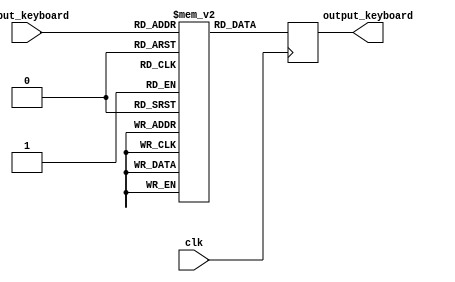
// This program was cloned from: https://github.com/Mazamars312/Analogue-Amiga
// License: GNU General Public License v3.0

module amiga_keyboard_convert (
input clk,
input [7:0] input_keyboard,
output reg [7:0] output_keyboard
);

reg [7:0] mem [255:0];

initial begin
mem[0  ] <=	8'h00;            /**< 0   KEY_RESERVED */
mem[1  ] <=	8'h45;              /**< 1   KEY_ESC */
mem[2  ] <=	8'h01;              /**< 2   KEY_1 */
mem[3  ] <=	8'h02;              /**< 3   KEY_2 */
mem[4  ] <=	8'h03;              /**< 4   KEY_3 */
mem[5  ] <=	8'h04;              /**< 5   KEY_4 */
mem[6  ] <=	8'h05;              /**< 6   KEY_5 */
mem[7  ] <=	8'h06;              /**< 7   KEY_6 */
mem[8  ] <=	8'h07;              /**< 8   KEY_7 */
mem[9  ] <=	8'h08;              /**< 9   KEY_8 */
mem[10 ] <=	8'h09;              /**< 10  KEY_9 */
mem[11 ] <=	8'h0a;              /**< 11  KEY_0 */
mem[12 ] <=	8'h0b;              /**< 12  KEY_MINUS */
mem[13 ] <=	8'h0c;              /**< 13  KEY_EQUAL */
mem[14 ] <=	8'h41;              /**< 14  KEY_BACKSPACE */
mem[15 ] <=	8'h42;              /**< 15  KEY_TAB */
mem[16 ] <=	8'h10;              /**< 16  KEY_Q */
mem[17 ] <=	8'h11;              /**< 17  KEY_W */
mem[18 ] <=	8'h12;              /**< 18  KEY_E */
mem[19 ] <=	8'h13;              /**< 19  KEY_R */
mem[20 ] <=	8'h14;              /**< 20  KEY_T */
mem[21 ] <=	8'h15;              /**< 21  KEY_Y */
mem[22 ] <=	8'h16;              /**< 22  KEY_U */
mem[23 ] <=	8'h17;              /**< 23  KEY_I */
mem[24 ] <=	8'h18;              /**< 24  KEY_O */
mem[25 ] <=	8'h19;              /**< 25  KEY_P */
mem[26 ] <=	8'h1a;              /**< 26  KEY_LEFTBRACE */
mem[27 ] <=	8'h1b;              /**< 27  KEY_RIGHTBRACE */
mem[28 ] <=	8'h44;              /**< 28  KEY_ENTER */
mem[29 ] <=	8'h63;              /**< 29  KEY_LEFTCTRL */
mem[30 ] <=	8'h20;              /**< 30  KEY_A */
mem[31 ] <=	8'h21;              /**< 31  KEY_S */
mem[32 ] <=	8'h22;              /**< 32  KEY_D */
mem[33 ] <=	8'h23;              /**< 33  KEY_F */
mem[34 ] <=	8'h24;              /**< 34  KEY_G */
mem[35 ] <=	8'h25;              /**< 35  KEY_H */
mem[36 ] <=	8'h26;              /**< 36  KEY_J */
mem[37 ] <=	8'h27;              /**< 37  KEY_K */
mem[38 ] <=	8'h28;              /**< 38  KEY_L */
mem[39 ] <=	8'h29;              /**< 39  KEY_SEMICOLON */
mem[40 ] <=	8'h2a;              /**< 40  KEY_APOSTROPHE */
mem[41 ] <=	8'h00;              /**< 41  KEY_GRAVE */
mem[42 ] <=	8'h60;              /**< 42  KEY_LEFTSHIFT */
mem[43 ] <=	8'h0d;              /**< 43  KEY_BACKSLASH */
mem[44 ] <=	8'h31;              /**< 44  KEY_Z */
mem[45 ] <=	8'h32;              /**< 45  KEY_X */
mem[46 ] <=	8'h33;              /**< 46  KEY_C */
mem[47 ] <=	8'h34;              /**< 47  KEY_V */
mem[48 ] <=	8'h35;              /**< 48  KEY_B */
mem[49 ] <=	8'h36;              /**< 49  KEY_N */
mem[50 ] <=	8'h37;              /**< 50  KEY_M */
mem[51 ] <=	8'h38;              /**< 51  KEY_COMMA */
mem[52 ] <=	8'h39;              /**< 52  KEY_DOT */
mem[53 ] <=	8'h3a;              /**< 53  KEY_SLASH */
mem[54 ] <=	8'h61;              /**< 54  KEY_RIGHTSHIFT */
mem[55 ] <=	8'h5d;              /**< 55  KEY_KPASTERISK */
mem[56 ] <=	8'h64;              /**< 56  KEY_LEFTALT */
mem[57 ] <=	8'h40;              /**< 57  KEY_SPACE */
mem[58 ] <=	8'h62;/**< 58  KEY_CAPSLOCK */
mem[59 ] <=	8'h50;              /**< 59  KEY_F1 */
mem[60 ] <=	8'h51;              /**< 60  KEY_F2 */
mem[61 ] <=	8'h52;              /**< 61  KEY_F3 */
mem[62 ] <=	8'h53;              /**< 62  KEY_F4 */
mem[63 ] <=	8'h54;              /**< 63  KEY_F5 */
mem[64 ] <=	8'h55;              /**< 64  KEY_F6 */
mem[65 ] <=	8'h56;              /**< 65  KEY_F7 */
mem[66 ] <=	8'h57;              /**< 66  KEY_F8 */
mem[67 ] <=	8'h58;              /**< 67  KEY_F9 */
mem[68 ] <=	8'h59;              /**< 68  KEY_F10 */
mem[69 ] <=	8'h00;            /**< 69  KEY_NUMLOCK */
mem[70 ] <=	8'h00;            /**< 70  KEY_SCROLLLOCK */
mem[71 ] <=	8'h3d;              /**< 71  KEY_KP7 */
mem[72 ] <=	8'h3e;              /**< 72  KEY_KP8 */
mem[73 ] <=	8'h3f;              /**< 73  KEY_KP9 */
mem[74 ] <=	8'h4a;              /**< 74  KEY_KPMINUS */
mem[75 ] <=	8'h2d;              /**< 75  KEY_KP4 */
mem[76 ] <=	8'h2e;              /**< 76  KEY_KP5 */
mem[77 ] <=	8'h2f;              /**< 77  KEY_KP6 */
mem[78 ] <=	8'h5e;              /**< 78  KEY_KPPLUS */
mem[79 ] <=	8'h1d;              /**< 79  KEY_KP1 */
mem[80 ] <=	8'h1e;              /**< 80  KEY_KP2 */
mem[81 ] <=	8'h1f;              /**< 81  KEY_KP3 */
mem[82 ] <=	8'h0f;              /**< 82  KEY_KP0 */
mem[83 ] <=	8'h3c;              /**< 83  KEY_KPDOT */
mem[84 ] <=	8'h00;            /**< 84  ??? */
mem[85 ] <=	8'h00;            /**< 85  KEY_ZENKAKU */
mem[86 ] <=	8'h30;              /**< 86  KEY_102ND; '<' on most keyboards */
mem[87 ] <=	8'h5f;              /**< 87  KEY_F11 */
mem[88 ] <=	8'h00;            /**< 88  KEY_F12 */
mem[89 ] <=	8'h00;            /**< 89  KEY_RO */
mem[90 ] <=	8'h00;            /**< 90  KEY_KATAKANA */
mem[91 ] <=	8'h00;            /**< 91  KEY_HIRAGANA */
mem[92 ] <=	8'h00;            /**< 92  KEY_HENKAN */
mem[93 ] <=	8'h00;            /**< 93  KEY_KATAKANA */
mem[94 ] <=	8'h00;            /**< 94  KEY_MUHENKAN */
mem[95 ] <=	8'h00;            /**< 95  KEY_KPJPCOMMA */
mem[96 ] <=	8'h43;              /**< 96  KEY_KPENTER */
mem[97 ] <=	8'h63;              /**< 97  KEY_RIGHTCTRL */
mem[98 ] <=	8'h5c;              /**< 98  KEY_KPSLASH */
mem[99 ] <=	8'h00;            /**< 99  KEY_SYSRQ */
mem[100] <=	8'h65;              /**< 100 KEY_RIGHTALT */
mem[101] <=	8'h00;            /**< 101 KEY_LINEFEED */
mem[102] <=	8'h6a;              /**< 102 KEY_HOME */
mem[103] <=	8'h4c;              /**< 103 KEY_UP */
mem[104] <=	8'h5b;              /**< 104 KEY_PAGEUP */
mem[105] <=	8'h4f;              /**< 105 KEY_LEFT */
mem[106] <=	8'h4e;              /**< 106 KEY_RIGHT */
mem[107] <=	8'h00;            /**< 107 KEY_END */
mem[108] <=	8'h4d;              /**< 108 KEY_DOWN */
mem[109] <=	8'h5a;              /**< 109 KEY_PAGEDOWN */
mem[110] <=	8'h0d;              /**< 110 KEY_INSERT */
mem[111] <=	8'h46;              /**< 111 KEY_DELETE */
mem[112] <=	8'h00;            /**< 112 KEY_MACRO */
mem[113] <=	8'h00;            /**< 113 KEY_MUTE */
mem[114] <=	8'h00;            /**< 114 KEY_VOLUMEDOWN */
mem[115] <=	8'h00;            /**< 115 KEY_VOLUMEUP */
mem[116] <=	8'h00;            /**< 116 KEY_POWER */
mem[117] <=	8'h00;            /**< 117 KEY_KPEQUAL */
mem[118] <=	8'h00;            /**< 118 KEY_KPPLUSMINUS */
mem[119] <=	8'h00;            /**< 119 KEY_PAUSE */
mem[120] <=	8'h00;            /**< 120 KEY_SCALE */
mem[121] <=	8'h00;            /**< 121 KEY_KPCOMMA */
mem[122] <=	8'h00;            /**< 122 KEY_HANGEUL */
mem[123] <=	8'h00;            /**< 123 KEY_HANJA */
mem[124] <=	8'h00;            /**< 124 KEY_YEN */
mem[125] <=	8'h66;              /**< 125 KEY_LEFTMETA */
mem[126] <=	8'h67;              /**< 126 KEY_RIGHTMETA */
mem[127] <=	8'h00;            /**< 127 KEY_COMPOSE */
mem[128] <=	8'h00;            /**< 128 KEY_STOP */
mem[129] <=	8'h00;            /**< 129 KEY_AGAIN */
mem[130] <=	8'h00;            /**< 130 KEY_PROPS */
mem[131] <=	8'h00;            /**< 131 KEY_UNDO */
mem[132] <=	8'h00;            /**< 132 KEY_FRONT */
mem[133] <=	8'h00;            /**< 133 KEY_COPY */
mem[134] <=	8'h00;            /**< 134 KEY_OPEN */
mem[135] <=	8'h00;            /**< 135 KEY_PASTE */
mem[136] <=	8'h00;            /**< 136 KEY_FIND */
mem[137] <=	8'h00;            /**< 137 KEY_CUT */
mem[138] <=	8'h00;            /**< 138 KEY_HELP */
mem[139] <=	8'h00;            /**< 139 KEY_MENU */
mem[140] <=	8'h00;            /**< 140 KEY_CALC */
mem[141] <=	8'h00;            /**< 141 KEY_SETUP */
mem[142] <=	8'h00;            /**< 142 KEY_SLEEP */
mem[143] <=	8'h00;            /**< 143 KEY_WAKEUP */
mem[144] <=	8'h00;            /**< 144 KEY_FILE */
mem[145] <=	8'h00;            /**< 145 KEY_SENDFILE */
mem[146] <=	8'h00;            /**< 146 KEY_DELETEFILE */
mem[147] <=	8'h00;            /**< 147 KEY_XFER */
mem[148] <=	8'h00;            /**< 148 KEY_PROG1 */
mem[149] <=	8'h00;            /**< 149 KEY_PROG2 */
mem[150] <=	8'h00;            /**< 150 KEY_WWW */
mem[151] <=	8'h00;            /**< 151 KEY_MSDOS */
mem[152] <=	8'h00;            /**< 152 KEY_SCREENLOCK */
mem[153] <=	8'h00;            /**< 153 KEY_DIRECTION */
mem[154] <=	8'h00;            /**< 154 KEY_CYCLEWINDOWS */
mem[155] <=	8'h00;            /**< 155 KEY_MAIL */
mem[156] <=	8'h00;            /**< 156 KEY_BOOKMARKS */
mem[157] <=	8'h00;            /**< 157 KEY_COMPUTER */
mem[158] <=	8'h00;            /**< 158 KEY_BACK */
mem[159] <=	8'h00;            /**< 159 KEY_FORWARD */
mem[160] <=	8'h00;            /**< 160 KEY_CLOSECD */
mem[161] <=	8'h00;            /**< 161 KEY_EJECTCD */
mem[162] <=	8'h00;            /**< 162 KEY_EJECTCLOSECD */
mem[163] <=	8'h00;            /**< 163 KEY_NEXTSONG */
mem[164] <=	8'h00;            /**< 164 KEY_PLAYPAUSE */
mem[165] <=	8'h00;            /**< 165 KEY_PREVIOUSSONG */
mem[166] <=	8'h00;            /**< 166 KEY_STOPCD */
mem[167] <=	8'h00;            /**< 167 KEY_RECORD */
mem[168] <=	8'h00;            /**< 168 KEY_REWIND */
mem[169] <=	8'h00;            /**< 169 KEY_PHONE */
mem[170] <=	8'h00;            /**< 170 KEY_ISO */
mem[171] <=	8'h00;            /**< 171 KEY_CONFIG */
mem[172] <=	8'h00;            /**< 172 KEY_HOMEPAGE */
mem[173] <=	8'h00;            /**< 173 KEY_REFRESH */
mem[174] <=	8'h00;            /**< 174 KEY_EXIT */
mem[175] <=	8'h00;            /**< 175 KEY_MOVE */
mem[176] <=	8'h00;            /**< 176 KEY_EDIT */
mem[177] <=	8'h00;            /**< 177 KEY_SCROLLUP */
mem[178] <=	8'h00;            /**< 178 KEY_SCROLLDOWN */
mem[179] <=	8'h00;            /**< 179 KEY_KPLEFTPAREN */
mem[180] <=	8'h00;            /**< 180 KEY_KPRIGHTPAREN */
mem[181] <=	8'h00;            /**< 181 KEY_NEW */
mem[182] <=	8'h00;            /**< 182 KEY_REDO */
mem[183] <=	8'h5a;              /**< 183 KEY_F13 */
mem[184] <=	8'h5b;              /**< 184 KEY_F14 */
mem[185] <=	8'h00;            /**< 185 KEY_F15 */
mem[186] <=	8'h5f;              /**< 186 KEY_F16 */
mem[187] <=	8'h00;            /**< 187 KEY_F17 */
mem[188] <=	8'h00;            /**< 188 KEY_F18 */
mem[189] <=	8'h00;            /**< 189 KEY_F19 */
mem[190] <=	8'h00;            /**< 190 KEY_F20 */
mem[191] <=	8'h00;            /**< 191 KEY_F21 */
mem[192] <=	8'h00;            /**< 192 KEY_F22 */
mem[193] <=	8'h00;            /**< 193 KEY_F23 */
mem[194] <=	8'h2b;              /**< 194 # on German keyboard; was 8'h63 (CTRL on Amiga); 194 KEY_F24 */
mem[195] <=	8'h00;            /**< 195 ??? */
mem[196] <=	8'h00;            /**< 196 ??? */
mem[197] <=	8'h00;            /**< 197 ??? */
mem[198] <=	8'h00;            /**< 198 ??? */
mem[199] <=	8'h00;            /**< 199 ??? */
mem[200] <=	8'h00;            /**< 200 KEY_PLAYCD */
mem[201] <=	8'h00;            /**< 201 KEY_PAUSECD */
mem[202] <=	8'h00;            /**< 202 KEY_PROG3 */
mem[203] <=	8'h00;            /**< 203 KEY_PROG4 */
mem[204] <=	8'h00;            /**< 204 KEY_DASHBOARD */
mem[205] <=	8'h00;            /**< 205 KEY_SUSPEND */
mem[206] <=	8'h00;            /**< 206 KEY_CLOSE */
mem[207] <=	8'h00;            /**< 207 KEY_PLAY */
mem[208] <=	8'h00;            /**< 208 KEY_FASTFORWARD */
mem[209] <=	8'h00;            /**< 209 KEY_BASSBOOST */
mem[210] <=	8'h00;            /**< 210 KEY_PRINT */
mem[211] <=	8'h00;            /**< 211 KEY_HP */
mem[212] <=	8'h00;            /**< 212 KEY_CAMERA */
mem[213] <=	8'h00;            /**< 213 KEY_SOUND */
mem[214] <=	8'h00;            /**< 214 KEY_QUESTION */
mem[215] <=	8'h00;            /**< 215 KEY_EMAIL */
mem[216] <=	8'h00;            /**< 216 KEY_CHAT */
mem[217] <=	8'h00;            /**< 217 KEY_SEARCH */
mem[218] <=	8'h00;            /**< 218 KEY_CONNECT */
mem[219] <=	8'h00;            /**< 219 KEY_FINANCE */
mem[220] <=	8'h00;            /**< 220 KEY_SPORT */
mem[221] <=	8'h00;            /**< 221 KEY_SHOP */
mem[222] <=	8'h00;            /**< 222 KEY_ALTERASE */
mem[223] <=	8'h00;            /**< 223 KEY_CANCEL */
mem[224] <=	8'h00;            /**< 224 KEY_BRIGHT_DOWN */
mem[225] <=	8'h00;            /**< 225 KEY_BRIGHT_UP */
mem[226] <=	8'h00;            /**< 226 KEY_MEDIA */
mem[227] <=	8'h00;            /**< 227 KEY_SWITCHVIDEO */
mem[228] <=	8'h00;            /**< 228 KEY_DILLUMTOGGLE */
mem[229] <=	8'h00;            /**< 229 KEY_DILLUMDOWN */
mem[230] <=	8'h00;            /**< 230 KEY_DILLUMUP */
mem[231] <=	8'h00;            /**< 231 KEY_SEND */
mem[232] <=	8'h00;            /**< 232 KEY_REPLY */
mem[233] <=	8'h00;            /**< 233 KEY_FORWARDMAIL */
mem[234] <=	8'h00;            /**< 234 KEY_SAVE */
mem[235] <=	8'h00;            /**< 235 KEY_DOCUMENTS */
mem[236] <=	8'h00;            /**< 236 KEY_BATTERY */
mem[237] <=	8'h00;            /**< 237 KEY_BLUETOOTH */
mem[238] <=	8'h00;            /**< 238 KEY_WLAN */
mem[239] <=	8'h00;            /**< 239 KEY_UWB */
mem[240] <=	8'h00;            /**< 240 KEY_UNKNOWN */
mem[241] <=	8'h00;            /**< 241 KEY_VIDEO_NEXT */
mem[242] <=	8'h00;            /**< 242 KEY_VIDEO_PREV */
mem[243] <=	8'h00;            /**< 243 KEY_BRIGHT_CYCLE */
mem[244] <=	8'h00;            /**< 244 KEY_BRIGHT_AUTO */
mem[245] <=	8'h00;            /**< 245 KEY_DISPLAY_OFF */
mem[246] <=	8'h00;            /**< 246 KEY_WWAN */
mem[247] <=	8'h00;            /**< 247 KEY_RFKILL */
mem[248] <=	8'h00;            /**< 248 KEY_MICMUTE */
mem[249] <=	8'h00;            /**< 249 ??? */
mem[250] <=	8'h00;            /**< 250 ??? */
mem[251] <=	8'h00;            /**< 251 ??? */
mem[252] <=	8'h00;            /**< 252 ??? */
mem[253] <=	8'h00;            /**< 253 ??? */
mem[254] <=	8'h00;            /**< 254 ??? */
mem[255] <=	8'h00;            /**< 255 ??? */

end


always @(posedge clk) output_keyboard <= mem[input_keyboard];


endmodule